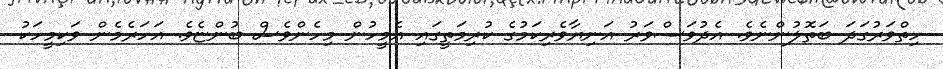
ހިތްވަރުގަދަ ބަތޮލުންނެވެ. އެދުވަސްވަރު އަނިޔާވެރިކަމުގެ ކުރިމަތީގައި އެމީހުން މިހެންވެސް ބުންޏެވެ. އަހަރެމެން ވަކިމީހަކު